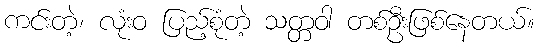
ကင်းတဲ့၊ လုံးဝ ပြည့်စုံတဲ့ သတ္တဝါ တစ်ဦးဖြစ်နေတယ်။